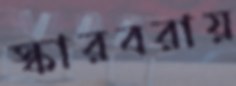
স্কারবরায়